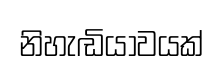
නිහැඬියාවයක්